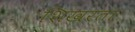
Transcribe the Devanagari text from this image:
शिखरता